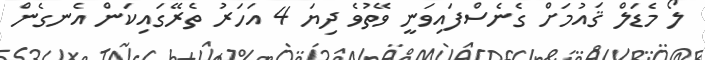
ލޯ މެޑަލް ޤައުމަށް ގެނެސްފައިވަނީ ވޭތުވެ ދިޔަ 4 އަހަރު ތެރޭގައިކަން އެނގެން